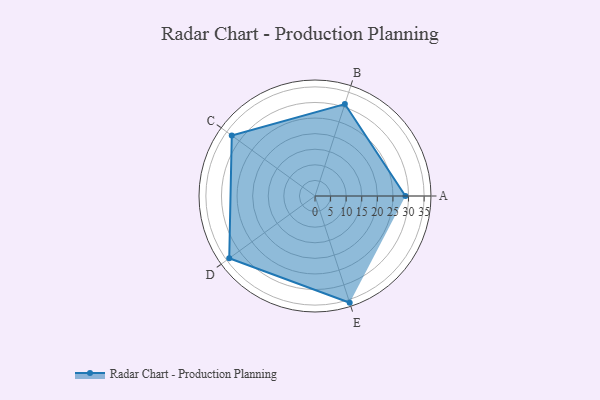
{"axis": {"x": "Skill", "y": "Score"}, "legend": ["Profile"], "data": [{"x": "A", "y": 29.0, "type": "Profile"}, {"x": "B", "y": 31.0, "type": "Profile"}, {"x": "C", "y": 33.0, "type": "Profile"}, {"x": "D", "y": 34.0, "type": "Profile"}, {"x": "E", "y": 36.0, "type": "Profile"}]}